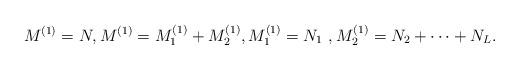
LaTeX: \begin{align*}M^{(1)} =N, M^{(1)} = M^{(1)}_1 + M^{(1)}_2, M^{(1)}_1 = N_1~, M^{(1)}_2 = N_2 + \dots + N_L. \end{align*}